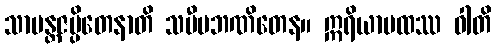
သာမန္တဇပ္ပိတေနာတိ သမီပဘဏိတေန။ ဣရိယာပထဿ ဝါတိ